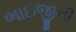
ભાઇજીની